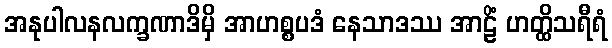
အနုပါလနလက္ခဏာဒိမှိ အာဟစ္စပဒံ နေသာဒဿ အာဠိံ ဟတ္ထိသရီရံ